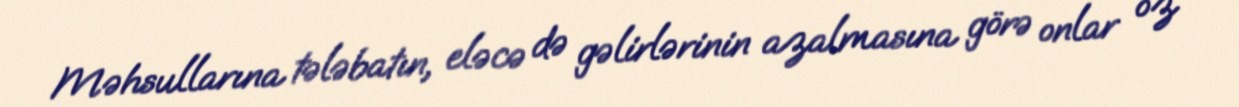
Məhsullarına tələbatın, eləcə də gəlirlərinin azalmasına görə onlar öz